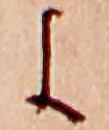
よ